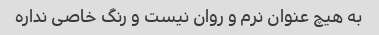
به هیچ عنوان نرم و روان نیست و رنگ خاصی نداره